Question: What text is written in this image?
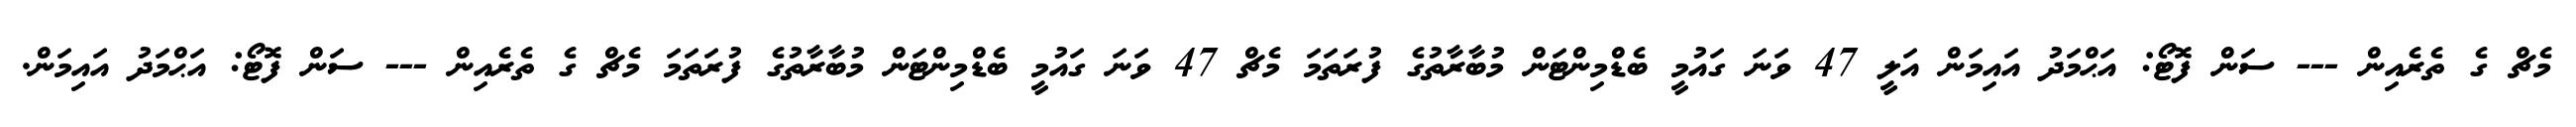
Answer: މެޗް ގެ ތެރެއިން --- ސަން ފޮޓޯ: އަޙްމަދު އައިމަން އަލީ 47 ވަނަ ގައުމީ ބެޑްމިންޓަން މުބާރާތުގެ ފުރަތަމަ މެޗް 47 ވަނަ ގައުމީ ބެޑްމިންޓަން މުބާރާތުގެ ފުރަތަމަ މެޗް ގެ ތެރެއިން --- ސަން ފޮޓޯ: އަޙްމަދު އައިމަން.